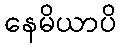
နေမိယာပိ